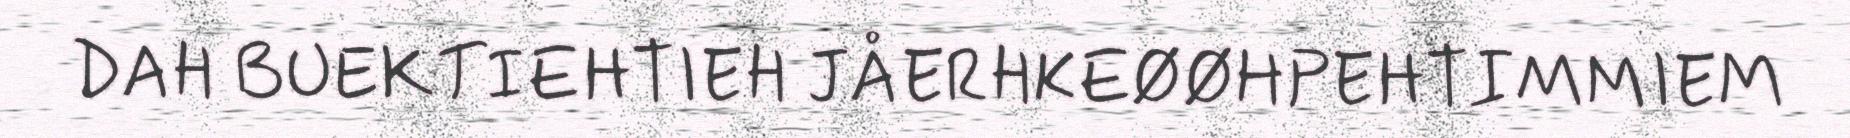
DAH BUEKTIEHTIEH JÅERHKEØØHPEHTIMMIEM